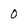
Character: 0